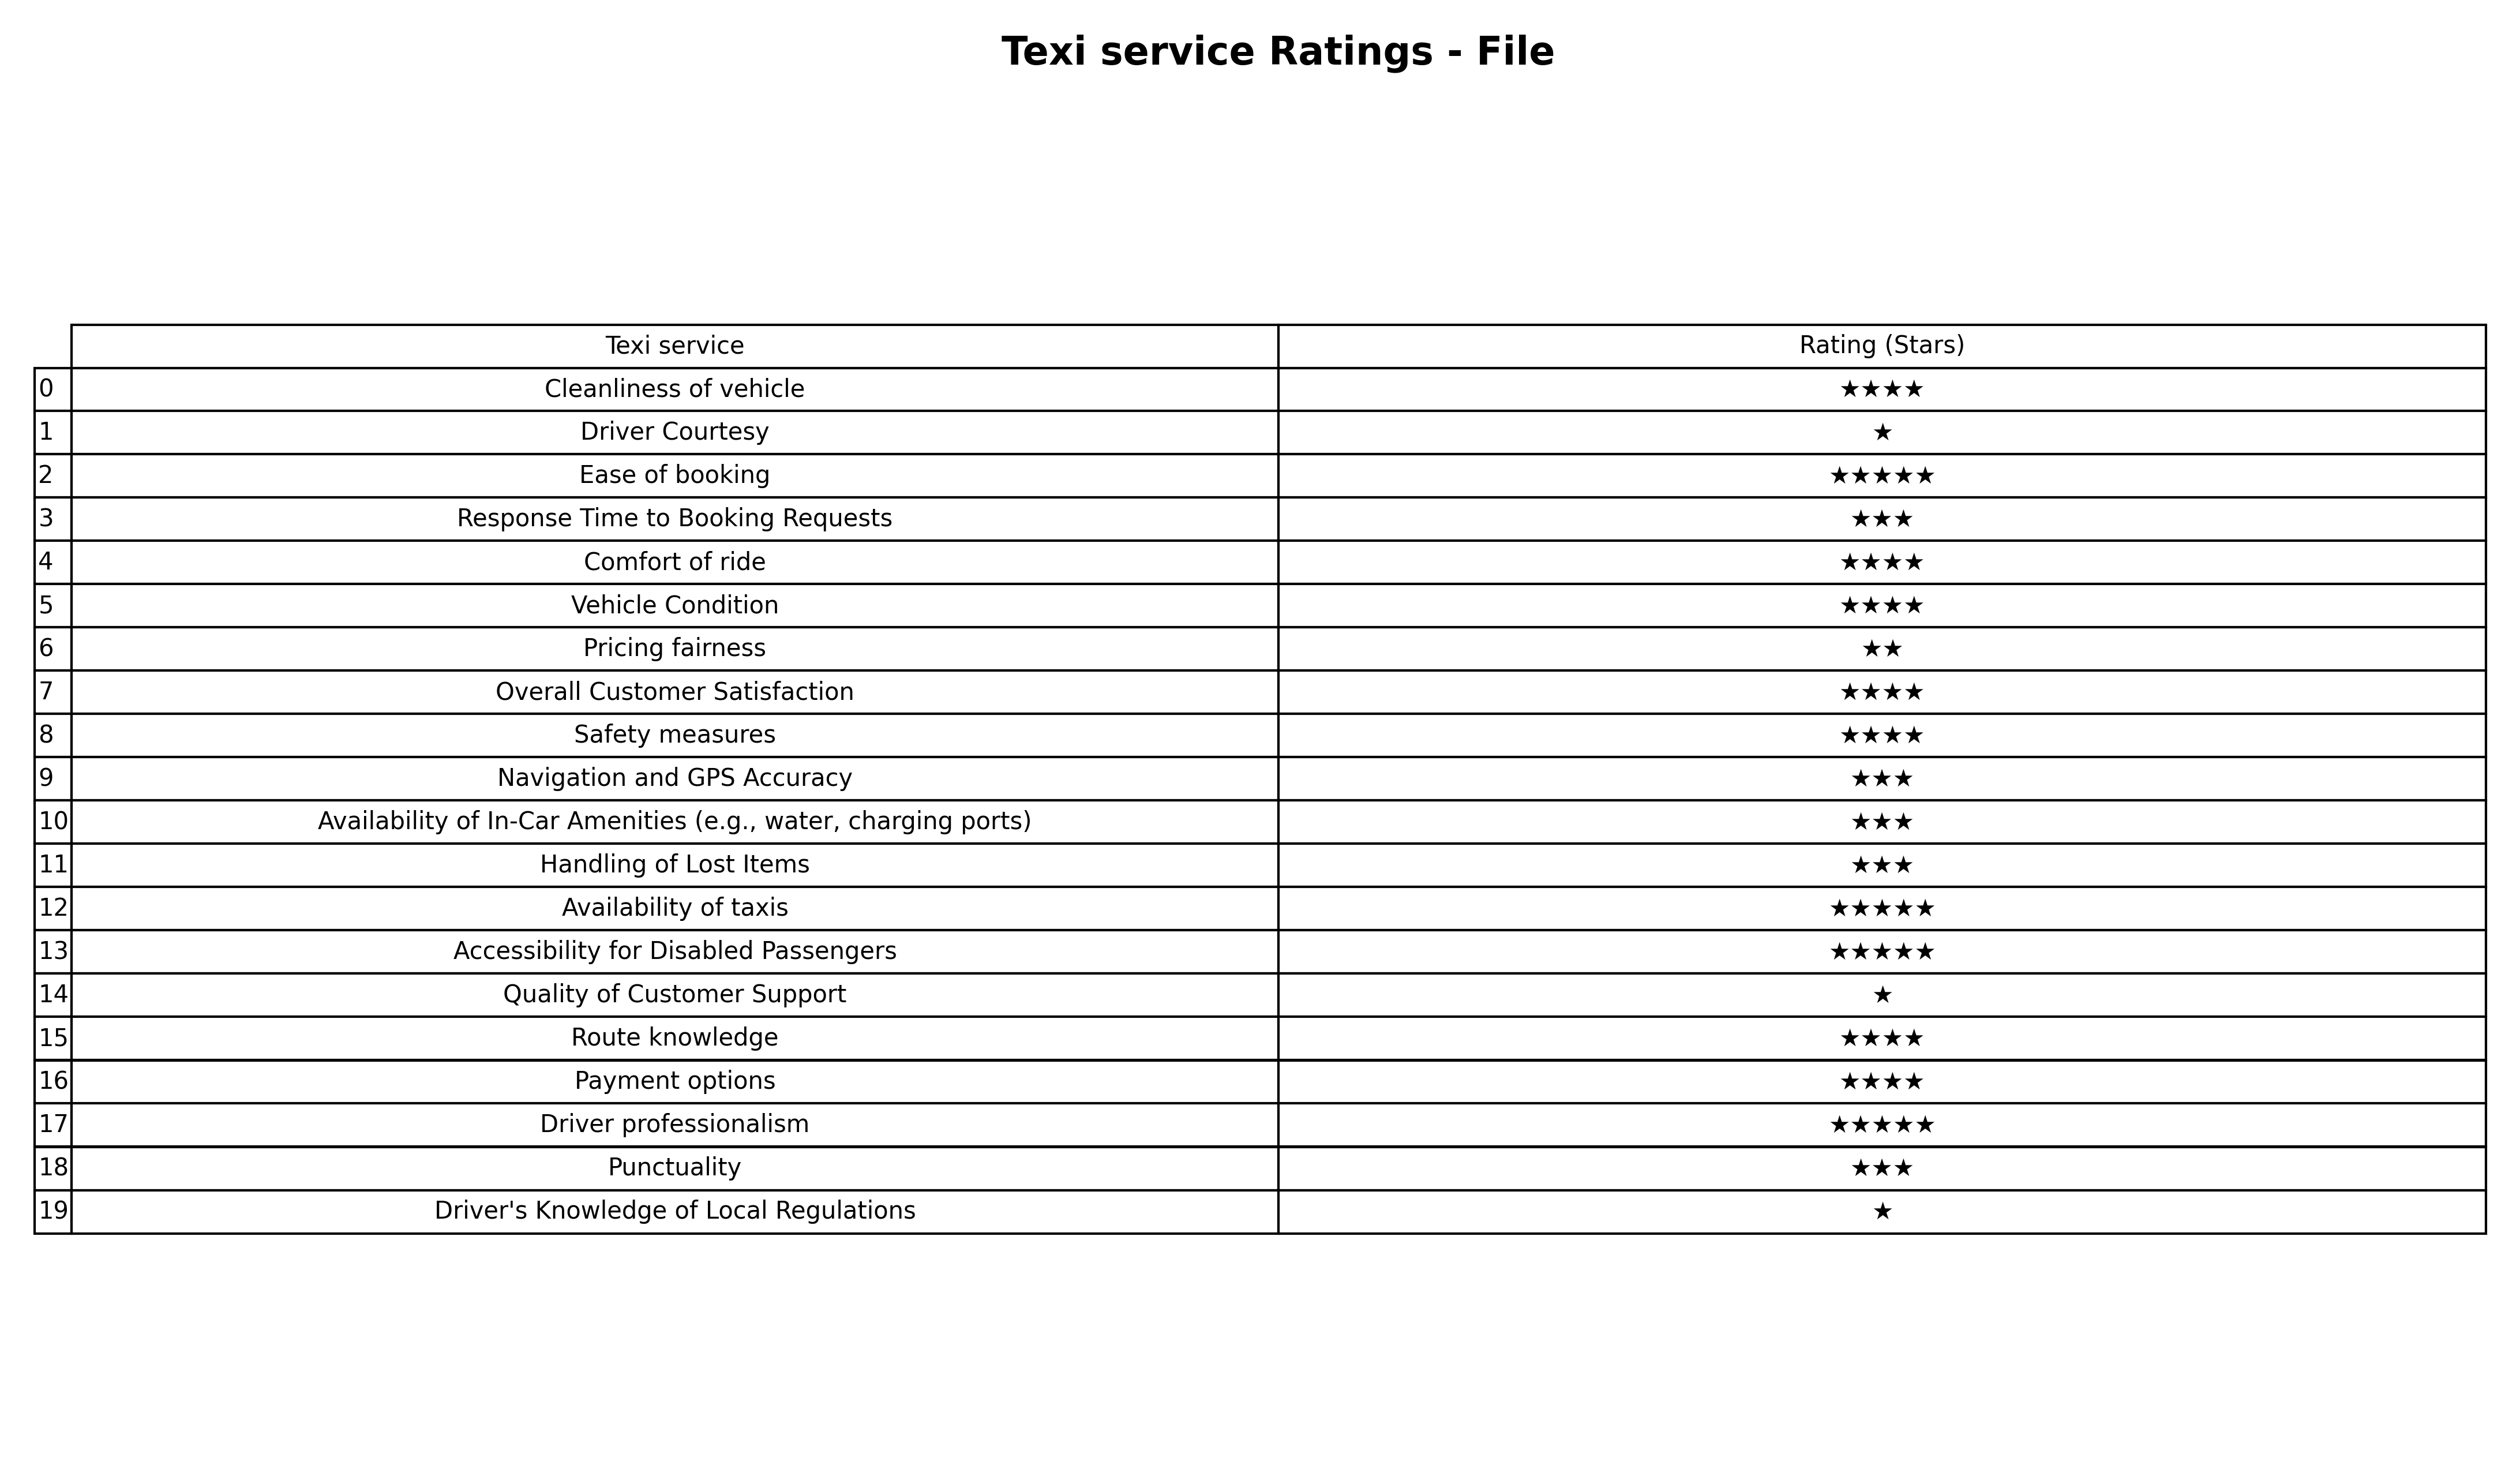
question: What are two star services?
answer: Pricing fairness